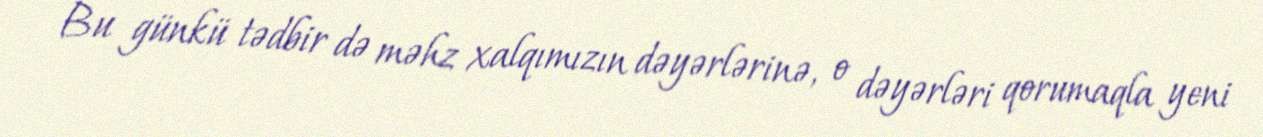
Bu günkü tədbir də məhz xalqımızın dəyərlərinə, o dəyərləri qorumaqla yeni